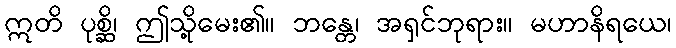
ဣတိ ပုစ္ဆိ၊ ဤသို့မေး၏။ ဘန္တေ၊ အရှင်ဘုရား။ မဟာနိရယေ၊